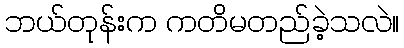
ဘယ်တုန်းက ကတိမတည်ခဲ့သလဲ။